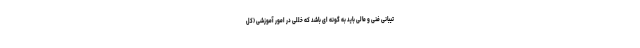
تیبانی فنی و مالی باید به گونه ای باشد که خللی در امور آموزشی (کل